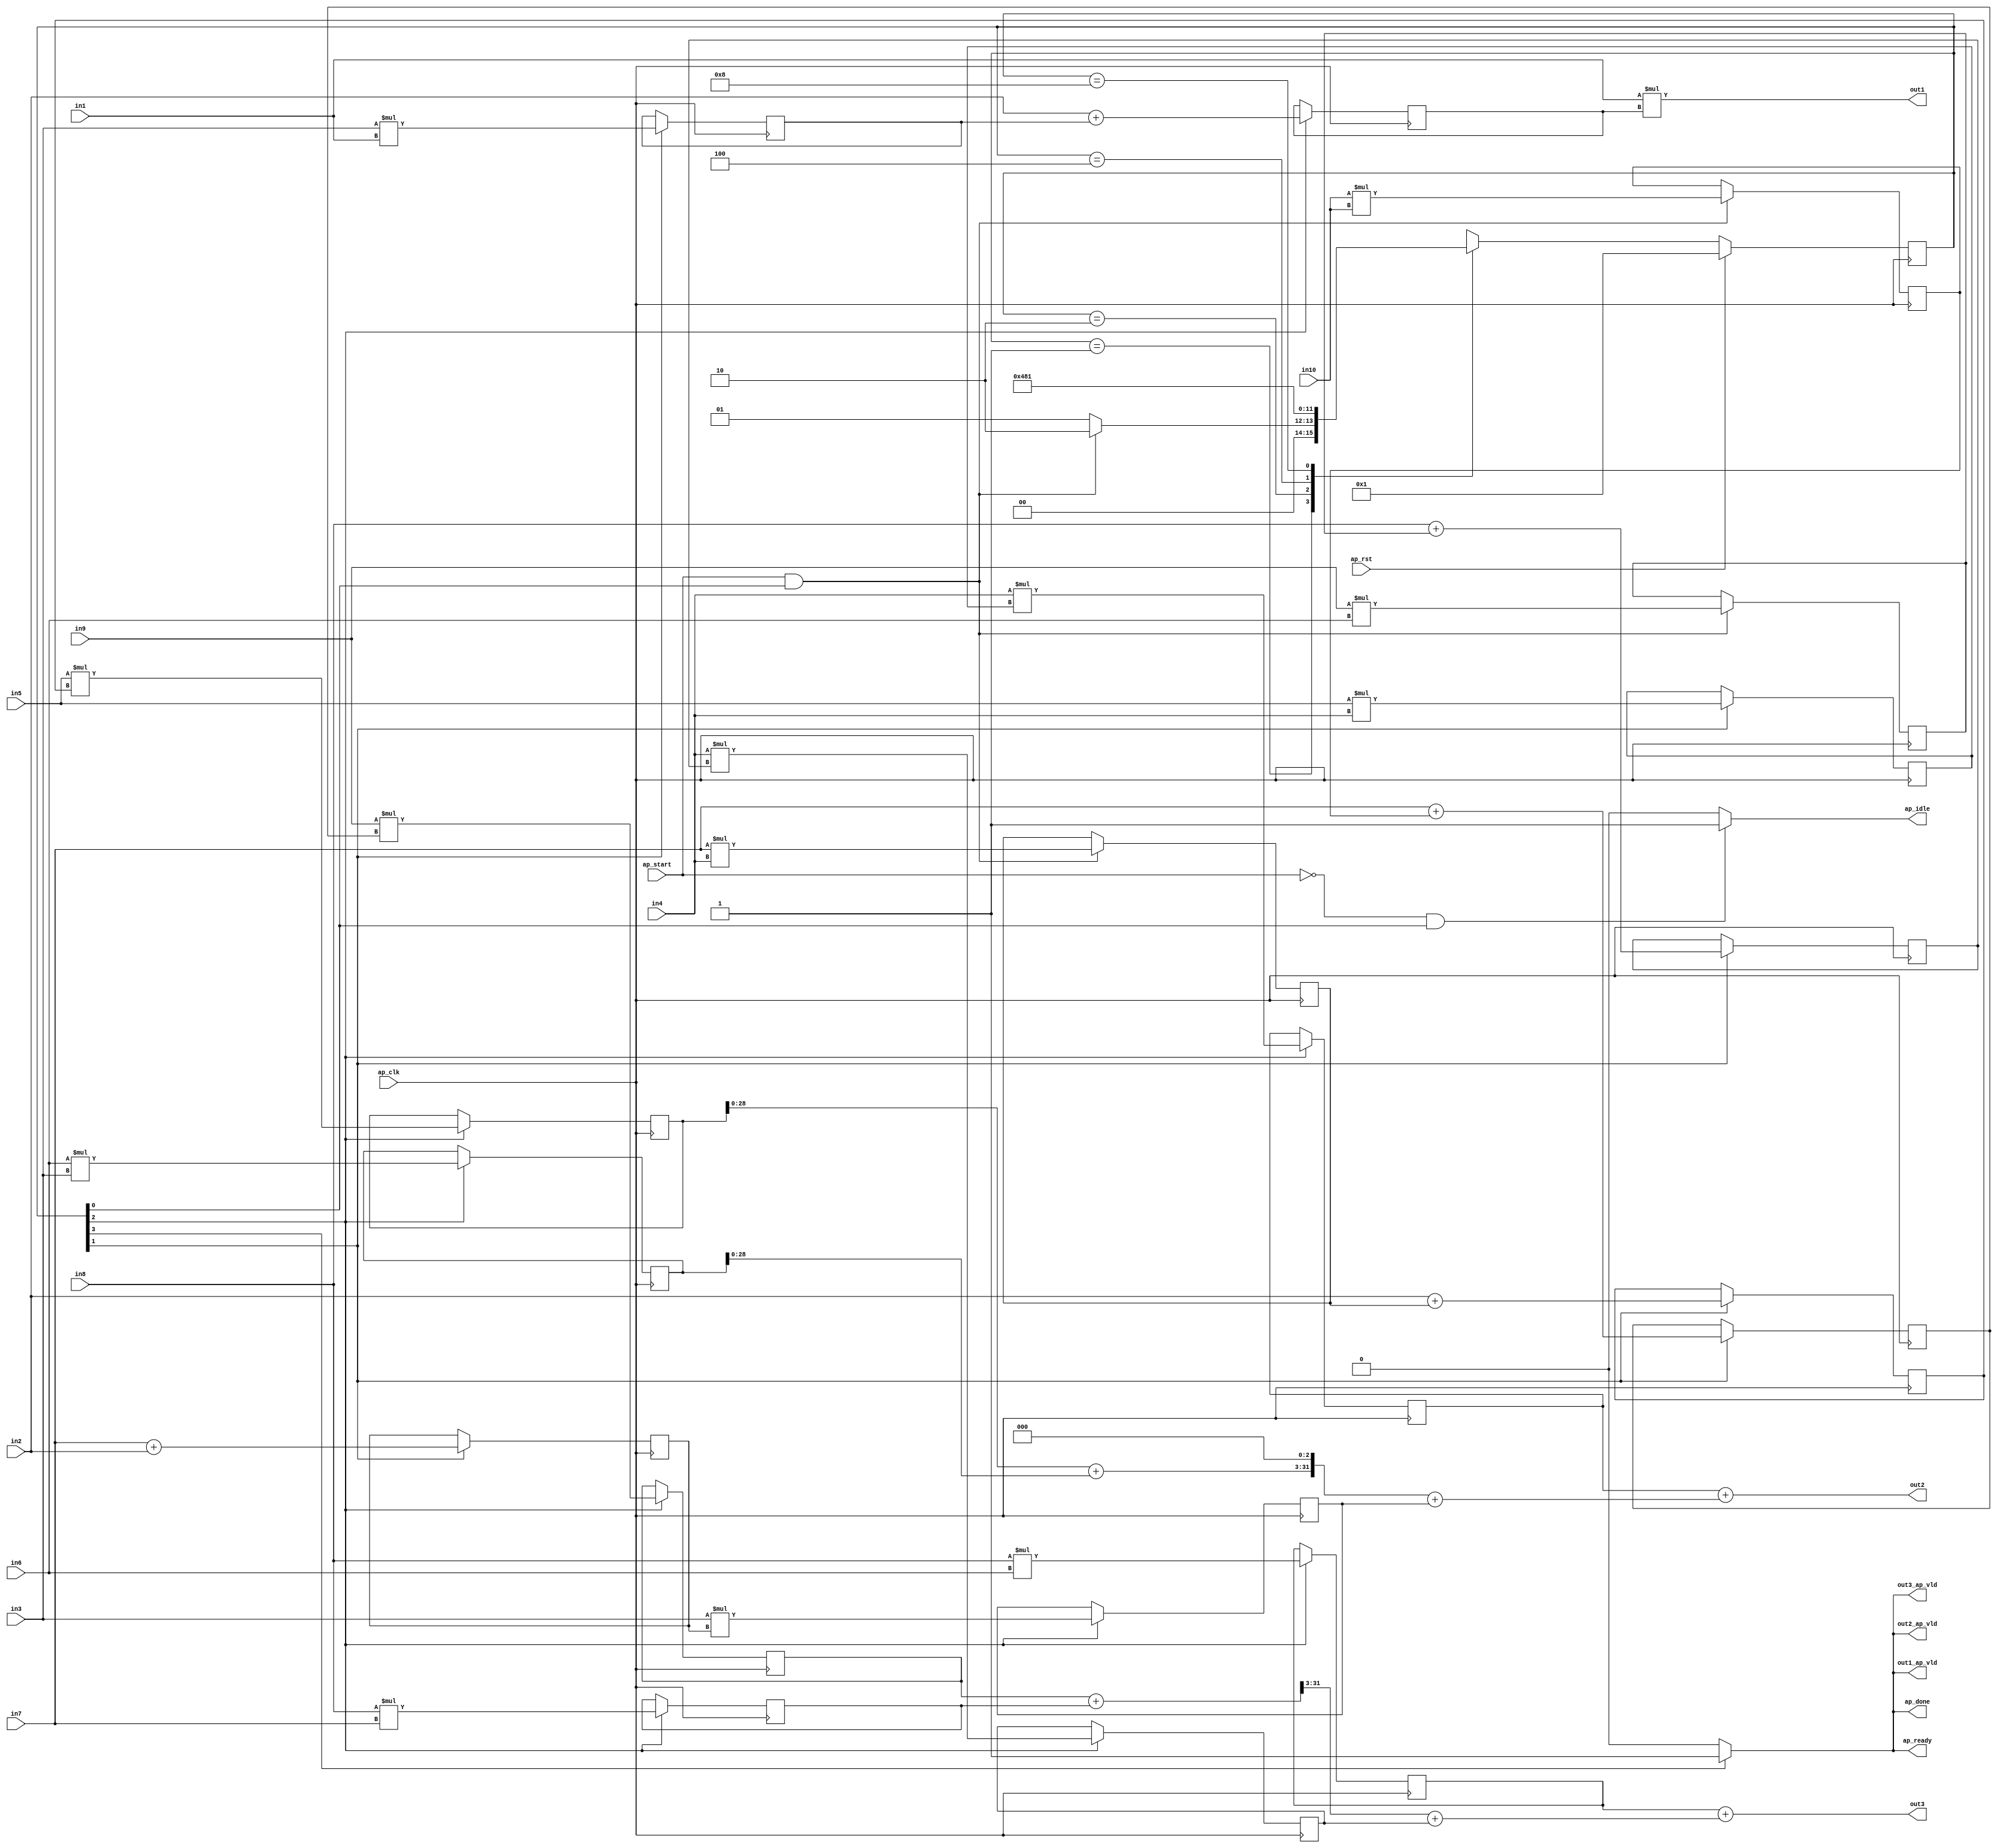
// ==============================================================
// RTL generated by Vivado(TM) HLS - High-Level Synthesis from C, C++ and SystemC
// Version: 2018.3
// Copyright (C) 1986-2018 Xilinx, Inc. All Rights Reserved.
// 
// ===========================================================

`timescale 1 ns / 1 ps 

(* CORE_GENERATION_INFO="hls_macc_motion,hls_ip_2018_3,{HLS_INPUT_TYPE=c,HLS_INPUT_FLOAT=0,HLS_INPUT_FIXED=0,HLS_INPUT_PART=xa7a12tcsg325-1q,HLS_INPUT_CLOCK=10.000000,HLS_INPUT_ARCH=others,HLS_SYN_CLOCK=8.470000,HLS_SYN_LAT=3,HLS_SYN_TPT=none,HLS_SYN_MEM=0,HLS_SYN_DSP=42,HLS_SYN_FF=580,HLS_SYN_LUT=722,HLS_VERSION=2018_3}" *)

module hls_macc_motion (
        ap_clk,
        ap_rst,
        ap_start,
        ap_done,
        ap_idle,
        ap_ready,
        in1,
        in2,
        in3,
        in4,
        in5,
        in6,
        in7,
        in8,
        in9,
        in10,
        out1,
        out1_ap_vld,
        out2,
        out2_ap_vld,
        out3,
        out3_ap_vld
);

parameter    ap_ST_fsm_state1 = 4'd1;
parameter    ap_ST_fsm_state2 = 4'd2;
parameter    ap_ST_fsm_state3 = 4'd4;
parameter    ap_ST_fsm_state4 = 4'd8;

input   ap_clk;
input   ap_rst;
input   ap_start;
output   ap_done;
output   ap_idle;
output   ap_ready;
input  [31:0] in1;
input  [31:0] in2;
input  [31:0] in3;
input  [31:0] in4;
input  [31:0] in5;
input  [31:0] in6;
input  [31:0] in7;
input  [31:0] in8;
input  [31:0] in9;
input  [31:0] in10;
output  [31:0] out1;
output   out1_ap_vld;
output  [31:0] out2;
output   out2_ap_vld;
output  [31:0] out3;
output   out3_ap_vld;

reg ap_done;
reg ap_idle;
reg ap_ready;
reg out1_ap_vld;
reg out2_ap_vld;
reg out3_ap_vld;

(* fsm_encoding = "none" *) reg   [3:0] ap_CS_fsm;
wire    ap_CS_fsm_state1;
wire   [31:0] mult10_fu_123_p2;
reg   [31:0] mult10_reg_287;
wire   [31:0] add3_fu_129_p2;
reg   [31:0] add3_reg_292;
wire   [31:0] add5_fu_135_p2;
reg   [31:0] add5_reg_297;
wire    ap_CS_fsm_state2;
wire   [31:0] mult2_fu_141_p2;
reg   [31:0] mult2_reg_329;
wire  signed [31:0] tmp1_fu_147_p2;
reg  signed [31:0] tmp1_reg_334;
wire  signed [31:0] tmp_fu_152_p2;
reg  signed [31:0] tmp_reg_339;
wire  signed [31:0] tmp4_fu_157_p2;
reg  signed [31:0] tmp4_reg_344;
wire  signed [31:0] add4_s_fu_162_p2;
reg  signed [31:0] add4_s_reg_349;
wire  signed [31:0] tmp6_fu_167_p2;
reg  signed [31:0] tmp6_reg_354;
wire   [31:0] mult7_fu_171_p2;
reg   [31:0] mult7_reg_359;
wire    ap_CS_fsm_state3;
wire   [31:0] mult11_fu_175_p2;
reg   [31:0] mult11_reg_364;
wire   [31:0] mult13_fu_179_p2;
reg   [31:0] mult13_reg_369;
wire   [31:0] add2_fu_183_p2;
reg   [31:0] add2_reg_374;
wire  signed [31:0] add1_s_fu_187_p2;
reg  signed [31:0] add1_s_reg_379;
wire   [31:0] tmp3_fu_191_p2;
reg   [31:0] tmp3_reg_384;
wire   [31:0] tmp5_fu_195_p2;
reg   [31:0] tmp5_reg_389;
wire   [31:0] add13_fu_199_p2;
reg   [31:0] add13_reg_394;
wire   [31:0] tmp7_fu_203_p2;
reg   [31:0] tmp7_reg_399;
wire    ap_CS_fsm_state4;
wire  signed [31:0] mult10_fu_123_p0;
wire  signed [31:0] mult10_fu_123_p1;
wire  signed [31:0] add3_fu_129_p0;
wire  signed [31:0] add3_fu_129_p1;
wire  signed [31:0] add5_fu_135_p0;
wire  signed [31:0] add5_fu_135_p1;
wire  signed [31:0] mult2_fu_141_p0;
wire  signed [31:0] mult2_fu_141_p1;
wire  signed [31:0] tmp1_fu_147_p0;
wire  signed [31:0] tmp1_fu_147_p1;
wire  signed [31:0] tmp4_fu_157_p0;
wire  signed [31:0] add4_s_fu_162_p0;
wire  signed [31:0] tmp6_fu_167_p0;
wire  signed [31:0] mult7_fu_171_p0;
wire  signed [31:0] mult7_fu_171_p1;
wire  signed [31:0] mult11_fu_175_p0;
wire  signed [31:0] mult11_fu_175_p1;
wire  signed [31:0] mult13_fu_179_p0;
wire  signed [31:0] mult13_fu_179_p1;
wire  signed [31:0] add2_fu_183_p0;
wire  signed [31:0] tmp3_fu_191_p0;
wire  signed [31:0] tmp5_fu_195_p0;
wire  signed [31:0] add13_fu_199_p0;
wire  signed [31:0] tmp7_fu_203_p0;
wire  signed [31:0] add6_fu_207_p0;
wire   [31:0] add9_fu_212_p2;
wire   [31:0] shf1_fu_216_p2;
wire   [31:0] tmp2_fu_222_p2;
wire   [31:0] add14_fu_233_p2;
wire   [28:0] shf2_fu_237_p4;
wire   [31:0] shf2_1_fu_247_p1;
wire   [31:0] tmp8_fu_251_p2;
reg   [3:0] ap_NS_fsm;

// power-on initialization
initial begin
#0 ap_CS_fsm = 4'd1;
end

always @ (posedge ap_clk) begin
    if (ap_rst == 1'b1) begin
        ap_CS_fsm <= ap_ST_fsm_state1;
    end else begin
        ap_CS_fsm <= ap_NS_fsm;
    end
end

always @ (posedge ap_clk) begin
    if ((1'b1 == ap_CS_fsm_state3)) begin
        add13_reg_394 <= add13_fu_199_p2;
        add1_s_reg_379 <= add1_s_fu_187_p2;
        add2_reg_374 <= add2_fu_183_p2;
        mult11_reg_364 <= mult11_fu_175_p2;
        mult13_reg_369 <= mult13_fu_179_p2;
        mult7_reg_359 <= mult7_fu_171_p2;
        tmp3_reg_384 <= tmp3_fu_191_p2;
        tmp5_reg_389 <= tmp5_fu_195_p2;
        tmp7_reg_399 <= tmp7_fu_203_p2;
    end
end

always @ (posedge ap_clk) begin
    if (((ap_start == 1'b1) & (1'b1 == ap_CS_fsm_state1))) begin
        add3_reg_292 <= add3_fu_129_p2;
        add5_reg_297 <= add5_fu_135_p2;
        mult10_reg_287 <= mult10_fu_123_p2;
    end
end

always @ (posedge ap_clk) begin
    if ((1'b1 == ap_CS_fsm_state2)) begin
        add4_s_reg_349 <= add4_s_fu_162_p2;
        mult2_reg_329 <= mult2_fu_141_p2;
        tmp1_reg_334 <= tmp1_fu_147_p2;
        tmp4_reg_344 <= tmp4_fu_157_p2;
        tmp6_reg_354 <= tmp6_fu_167_p2;
        tmp_reg_339 <= tmp_fu_152_p2;
    end
end

always @ (*) begin
    if ((1'b1 == ap_CS_fsm_state4)) begin
        ap_done = 1'b1;
    end else begin
        ap_done = 1'b0;
    end
end

always @ (*) begin
    if (((ap_start == 1'b0) & (1'b1 == ap_CS_fsm_state1))) begin
        ap_idle = 1'b1;
    end else begin
        ap_idle = 1'b0;
    end
end

always @ (*) begin
    if ((1'b1 == ap_CS_fsm_state4)) begin
        ap_ready = 1'b1;
    end else begin
        ap_ready = 1'b0;
    end
end

always @ (*) begin
    if ((1'b1 == ap_CS_fsm_state4)) begin
        out1_ap_vld = 1'b1;
    end else begin
        out1_ap_vld = 1'b0;
    end
end

always @ (*) begin
    if ((1'b1 == ap_CS_fsm_state4)) begin
        out2_ap_vld = 1'b1;
    end else begin
        out2_ap_vld = 1'b0;
    end
end

always @ (*) begin
    if ((1'b1 == ap_CS_fsm_state4)) begin
        out3_ap_vld = 1'b1;
    end else begin
        out3_ap_vld = 1'b0;
    end
end

always @ (*) begin
    case (ap_CS_fsm)
        ap_ST_fsm_state1 : begin
            if (((ap_start == 1'b1) & (1'b1 == ap_CS_fsm_state1))) begin
                ap_NS_fsm = ap_ST_fsm_state2;
            end else begin
                ap_NS_fsm = ap_ST_fsm_state1;
            end
        end
        ap_ST_fsm_state2 : begin
            ap_NS_fsm = ap_ST_fsm_state3;
        end
        ap_ST_fsm_state3 : begin
            ap_NS_fsm = ap_ST_fsm_state4;
        end
        ap_ST_fsm_state4 : begin
            ap_NS_fsm = ap_ST_fsm_state1;
        end
        default : begin
            ap_NS_fsm = 'bx;
        end
    endcase
end

assign add13_fu_199_p0 = in4;

assign add13_fu_199_p2 = ($signed(add13_fu_199_p0) * $signed(add4_s_reg_349));

assign add14_fu_233_p2 = (tmp7_reg_399 + mult13_reg_369);

assign add1_s_fu_187_p2 = (in2 + mult2_reg_329);

assign add2_fu_183_p0 = in4;

assign add2_fu_183_p2 = ($signed(add2_fu_183_p0) * $signed(tmp1_reg_334));

assign add3_fu_129_p0 = in7;

assign add3_fu_129_p1 = in4;

assign add3_fu_129_p2 = ($signed(add3_fu_129_p0) * $signed(add3_fu_129_p1));

assign add4_s_fu_162_p0 = in8;

assign add4_s_fu_162_p2 = ($signed(add4_s_fu_162_p0) + $signed(mult10_reg_287));

assign add5_fu_135_p0 = in10;

assign add5_fu_135_p1 = in10;

assign add5_fu_135_p2 = ($signed(add5_fu_135_p0) * $signed(add5_fu_135_p1));

assign add6_fu_207_p0 = in1;

assign add9_fu_212_p2 = (tmp3_reg_384 + mult7_reg_359);

assign ap_CS_fsm_state1 = ap_CS_fsm[32'd0];

assign ap_CS_fsm_state2 = ap_CS_fsm[32'd1];

assign ap_CS_fsm_state3 = ap_CS_fsm[32'd2];

assign ap_CS_fsm_state4 = ap_CS_fsm[32'd3];

assign mult10_fu_123_p0 = in9;

assign mult10_fu_123_p1 = in6;

assign mult10_fu_123_p2 = ($signed(mult10_fu_123_p0) * $signed(mult10_fu_123_p1));

assign mult11_fu_175_p0 = in8;

assign mult11_fu_175_p1 = in6;

assign mult11_fu_175_p2 = ($signed(mult11_fu_175_p0) * $signed(mult11_fu_175_p1));

assign mult13_fu_179_p0 = in8;

assign mult13_fu_179_p1 = in7;

assign mult13_fu_179_p2 = ($signed(mult13_fu_179_p0) * $signed(mult13_fu_179_p1));

assign mult2_fu_141_p0 = in3;

assign mult2_fu_141_p1 = in1;

assign mult2_fu_141_p2 = ($signed(mult2_fu_141_p0) * $signed(mult2_fu_141_p1));

assign mult7_fu_171_p0 = in6;

assign mult7_fu_171_p1 = in3;

assign mult7_fu_171_p2 = ($signed(mult7_fu_171_p0) * $signed(mult7_fu_171_p1));

assign out1 = ($signed(add6_fu_207_p0) * $signed(add1_s_reg_379));

assign out2 = (add2_reg_374 + tmp2_fu_222_p2);

assign out3 = (mult11_reg_364 + tmp8_fu_251_p2);

assign shf1_fu_216_p2 = add9_fu_212_p2 << 32'd3;

assign shf2_1_fu_247_p1 = shf2_fu_237_p4;

assign shf2_fu_237_p4 = {{add14_fu_233_p2[31:3]}};

assign tmp1_fu_147_p0 = in5;

assign tmp1_fu_147_p1 = in4;

assign tmp1_fu_147_p2 = ($signed(tmp1_fu_147_p0) * $signed(tmp1_fu_147_p1));

assign tmp2_fu_222_p2 = (shf1_fu_216_p2 + tmp5_reg_389);

assign tmp3_fu_191_p0 = in5;

assign tmp3_fu_191_p2 = ($signed(tmp3_fu_191_p0) * $signed(tmp_reg_339));

assign tmp4_fu_157_p0 = in7;

assign tmp4_fu_157_p2 = ($signed(tmp4_fu_157_p0) + $signed(in2));

assign tmp5_fu_195_p0 = in3;

assign tmp5_fu_195_p2 = ($signed(tmp5_fu_195_p0) * $signed(tmp4_reg_344));

assign tmp6_fu_167_p0 = in7;

assign tmp6_fu_167_p2 = ($signed(tmp6_fu_167_p0) + $signed(add5_reg_297));

assign tmp7_fu_203_p0 = in9;

assign tmp7_fu_203_p2 = ($signed(tmp7_fu_203_p0) * $signed(tmp6_reg_354));

assign tmp8_fu_251_p2 = (shf2_1_fu_247_p1 + add13_reg_394);

assign tmp_fu_152_p2 = (in2 + add3_reg_292);

endmodule //hls_macc_motion